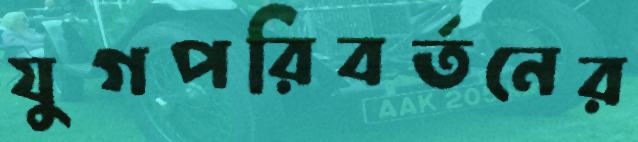
যুগপরিবর্তনের